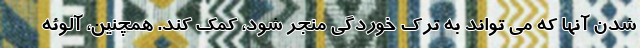
شدن آنها که می تواند به ترک خوردگی منجر شود، کمک کند. همچنین، آلوئه